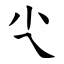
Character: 尐